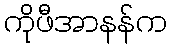
ကိုဖီအာနန်က